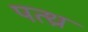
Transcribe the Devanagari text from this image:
पत्थ्र